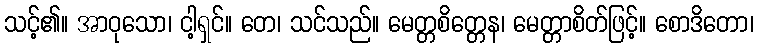
သင့်၏။ အာဝုသော၊ ငါ့ရှင်။ တေ၊ သင်သည်။ မေတ္တစိတ္တေန၊ မေတ္တာစိတ်ဖြင့်။ စောဒိတော၊